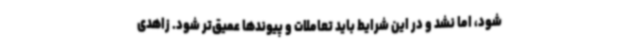
شود، اما نشد و در این شرایط باید تعاملات و پیوندها عمیق‌تر شود. زاهدی